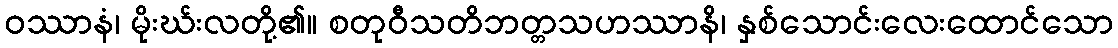
ဝဿာနံ၊ မိုးဃ်းလတို့၏။ စတုဝီသတိဘတ္တသဟဿာနိ၊ နှစ်သောင်းလေးထောင်သော